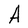
Character: A